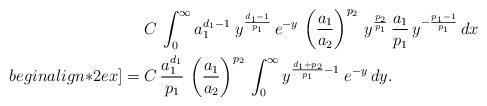
LaTeX: \begin{align*} & C \, \int_{0}^{\infty} a_1^{d_1 -1} \; y^{\frac{d_1-1}{p_1}} \, e^{-y} \, \left( \frac{a_1}{a_2} \right)^{p_2} \, y^{\frac{p_2}{p_1}} \, \frac{a_1}{p_1} \, y^{-\frac{p_1-1}{p_1}} \, dx \\begin{align*}2ex]= \; & C \, \frac{a_1^{d_1}}{p_1} \, \left( \frac{a_1}{a_2} \right)^{p_2} \, \int_{0}^{\infty} y^{\frac{d_1 + p_2}{p_1} - 1} \; e^{-y} \, dy.\end{align*}